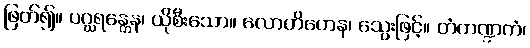
ဖြတ်၍။ ပဂ္ဃရန္တေန၊ ယိုစီးသော။ လောဟိတေန၊ သွေးဖြင့်။ တံကဏ္ဍကံ၊